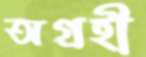
অগ্রহী